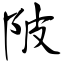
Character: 陂